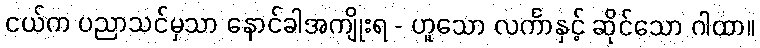
ငယ်က ပညာသင်မှသာ နောင်ခါအကျိုးရ - ဟူသော လင်္ကာနှင့် ဆိုင်သော ဂါထာ။